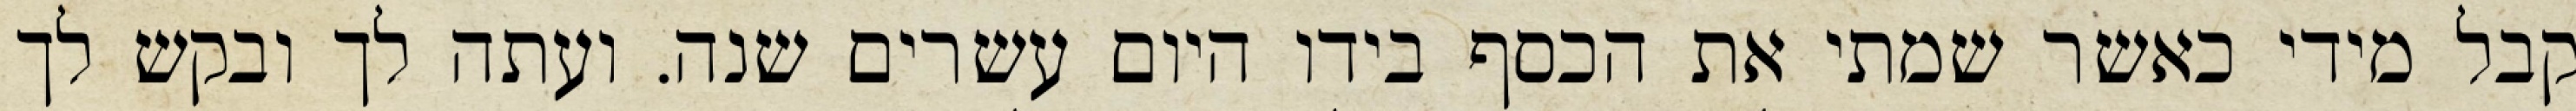
קבל מידי כאשר שמתי את הכסף בידו היום עשרים שנה. ועתה לך ובקש לך